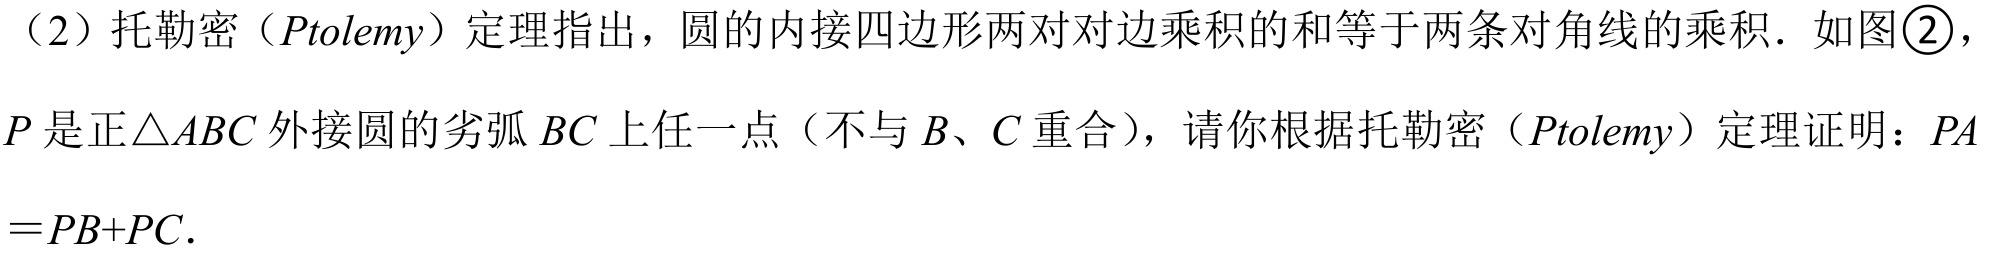
（2）托勒密（\(Ptolemy\)）定理指出，圆的内接四边形两对对边乘积的和等于两条对角线的乘积．如图\textcircled{2}，\(P\)是正\(\triangle ABC\)外接圆的劣弧\(BC\)上任一点（不与\(B\)、\(C\)重合），请你根据托勒密（\(Ptolemy\)）定理证明：\(PA = PB + PC\)．